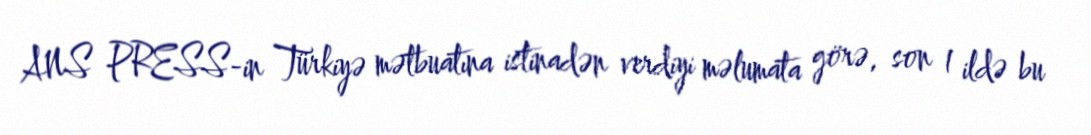
ANS PRESS-in Türkiyə mətbuatına istinadən verdiyi məlumata görə, son 1 ildə bu